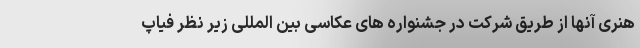
هنری آنها از طریق شرکت در جشنواره های عکاسی بین المللی زیر نظر فیاپ